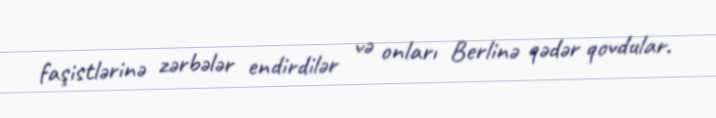
faşistlərinə zərbələr endirdilər və onları Berlinə qədər qovdular.